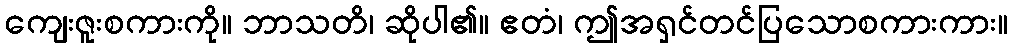
ကျေးဇူးစကားကို။ ဘာသတိ၊ ဆိုပါ၏။ ဧတံ၊ ဤအရှင်တင်ပြသောစကားကား။